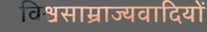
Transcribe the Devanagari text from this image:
विश्वसाम्राज्यवादियों